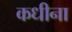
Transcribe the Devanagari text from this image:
कधीना